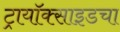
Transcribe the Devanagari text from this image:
ट्रायॉक्साइडचा